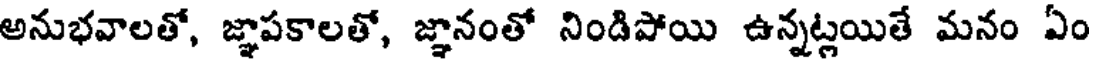
అనుభవాలతో, జ్ఞాపకాలతో, జ్ఞానంతో నిండిపోయి ఉన్నట్లయితే మనం ఏం